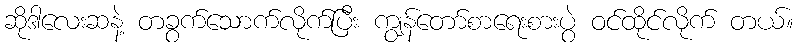
ဆိုဒါလေးဆနဲ့ တခွက်သောက်လိုက်ပြီး ကျွန်တော်စာရေးစားပွဲ ဝင်ထိုင်လိုက် တယ်။